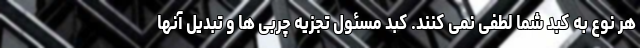
هر نوع به کبد شما لطفی نمی کنند. کبد مسئول تجزیه چربی ها و تبدیل آنها